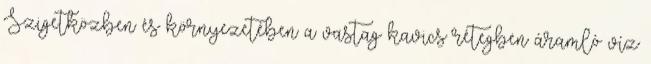
Szigetközben és környezetében a vastag kavics rétegben áramló víz